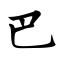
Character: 巴